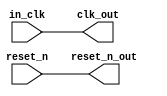
// monitor_clk_0.v

// Generated using ACDS version 18.1 222

`timescale 1 ps / 1 ps
module monitor_clk_0 (
		input  wire  in_clk,      //       clk_in.clk
		input  wire  reset_n,     // clk_in_reset.reset_n
		output wire  clk_out,     //          clk.clk
		output wire  reset_n_out  //    clk_reset.reset_n
	);

	assign clk_out = in_clk;

	assign reset_n_out = reset_n;

endmodule